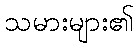
သမားများ၏